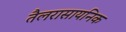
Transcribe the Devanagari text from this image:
तैलरासायनिक